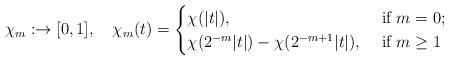
LaTeX: \begin{align*}\chi_{m}:\real\to[0,1],\quad\chi_{m}(t)=\begin{cases}\chi(|t|), & \mbox{ if $m=0$;}\\\chi(2^{-m}|t|)-\chi(2^{-m+1}|t|), & \mbox{ if $m\ge 1$}\end{cases}\end{align*}